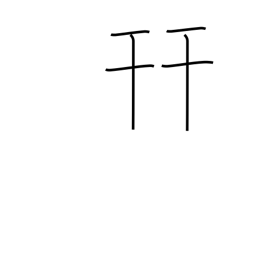
Meaning: put together